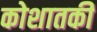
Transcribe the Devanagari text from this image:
कोशातकी